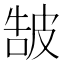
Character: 𤿩